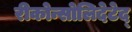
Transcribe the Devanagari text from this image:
रीकोन्सोलिदेटेद्